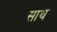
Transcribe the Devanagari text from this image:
साथ